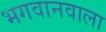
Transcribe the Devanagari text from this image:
भगवानवाला